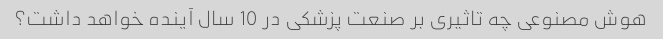
هوش مصنوعی چه تاثیری بر صنعت پزشکی در 10 سال آینده خواهد داشت؟